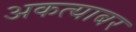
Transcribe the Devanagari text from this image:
अकत्याबर